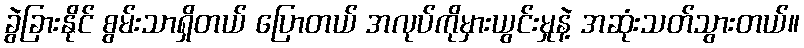
ခွဲခြားနိုင် စွမ်းသာရှိတယ် ပြောတယ် အလုပ်ကိုမှားယွင်းမှုနဲ့ အဆုံးသတ်သွားတယ်။